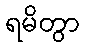
ရမိတွာ